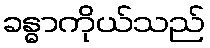
ခန္ဓာကိုယ်သည်